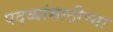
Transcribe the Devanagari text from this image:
पदव्यांसाठीच्या